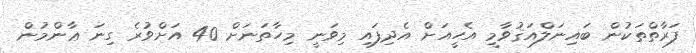
ފަރާތްތަކުން ބައިނަލްއަޤުވާމީ އެހީއަށް އެދިފައި މިވަނީ މިހާތަނަށް 40 އަށްވުރެ ގިނަ ޢާންމުން